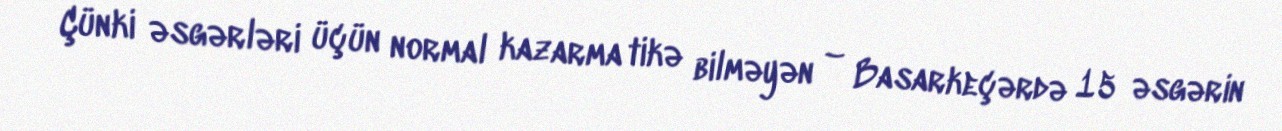
Çünki əsgərləri üçün normal kazarma tikə bilməyən – Basarkeçərdə 15 əsgərin